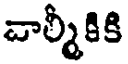
చాల్మీకికి